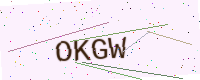
Text: OKGW